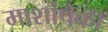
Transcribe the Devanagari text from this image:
माशांपैकी